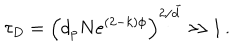
\tau _ { D } = \left( d _ { p } N e ^ { ( 2 - k ) \phi } \right) ^ { 2 / \tilde { d } } \gg 1 \, .